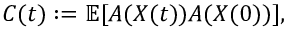
C ( t ) : = \mathbb { E } [ A ( X ( t ) ) A ( X ( 0 ) ) ] ,